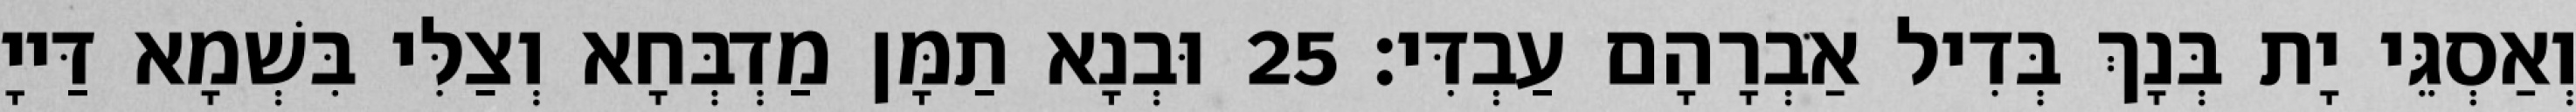
וְאַסְגֵּי יָת בְּנָךְ בְּדִיל אַבְרָהָם עַבְדִּי׃ 25 וּבְנָא תַמָּן מַדְבְּחָא וְצַלִּי בִּשְׁמָא דַּייָ